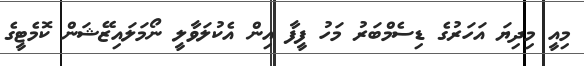
މިއީ މިދިޔަ އަަހަރުގެ ޑިސެމްބަރު މަހު ފީފާ އިން އެކުލަވާލީ ނޯމަލައިޒޭޝަން ކޮމެޓީގެ